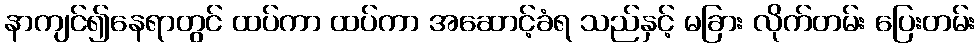
နာကျင်၍နေရာတွင် ထပ်ကာ ထပ်ကာ အဆောင့်ခံရ သည်နှင့် မခြား လိုက်တမ်း ပြေးတမ်း